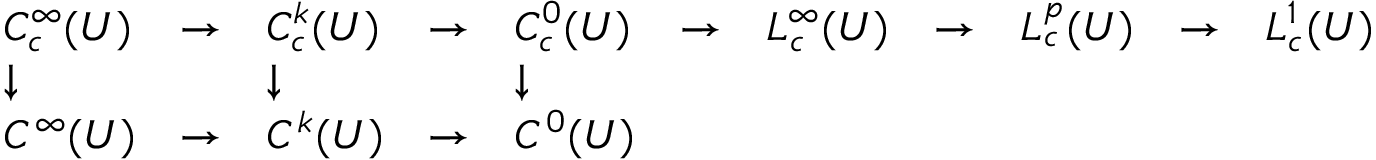
{ \begin{array} { l l l l l l l l l l l } { C _ { c } ^ { \infty } ( U ) } & { \to } & { C _ { c } ^ { k } ( U ) } & { \to } & { C _ { c } ^ { 0 } ( U ) } & { \to } & { L _ { c } ^ { \infty } ( U ) } & { \to } & { L _ { c } ^ { p } ( U ) } & { \to } & { L _ { c } ^ { 1 } ( U ) } \\ { \downarrow } & & { \downarrow } & & { \downarrow } \\ { C ^ { \infty } ( U ) } & { \to } & { C ^ { k } ( U ) } & { \to } & { C ^ { 0 } ( U ) } \\ { } \end{array} }